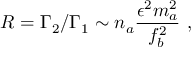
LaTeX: R = \Gamma _ { 2 } / \Gamma _ { 1 } \sim n _ { a } { \frac { \epsilon ^ { 2 } m _ { a } ^ { 2 } } { f _ { b } ^ { 2 } } } ~ ,